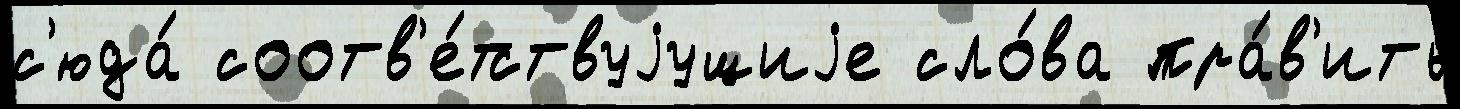
с'юда́ соотв'е́тствуjущиjе сло́ва пра́в'ить